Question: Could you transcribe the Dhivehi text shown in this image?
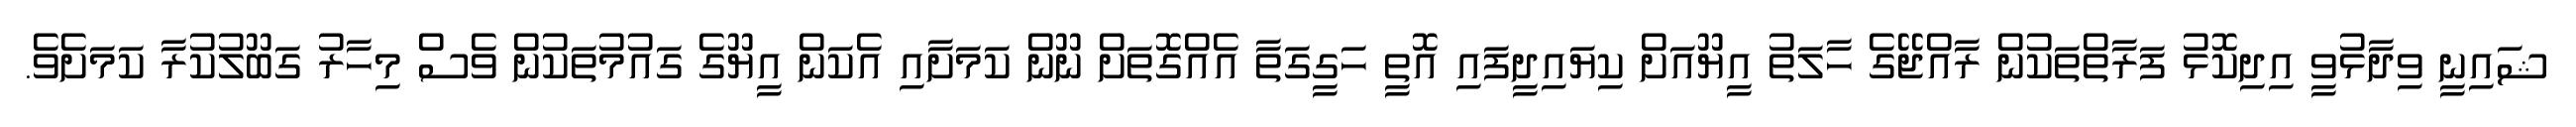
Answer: ޝައިނީ ވިދާޅުވީ އިދިކޮޅު ފަރާތްތަކުން ރާއްޖޭގެ ހާލަތު އީޔޫއަށް ކިޔައިދީފައި އޮތީ ހަގީގަތާ އެއްގޮތަށް ނޫން ކަމަށާއި އެކަން އީޔޫގެ ގައުމުތަކުން ވެސް މިހާރު ގަބޫލުކުރާ ކަމަށެވެ.